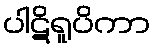
ပါဋိရူပိကာ